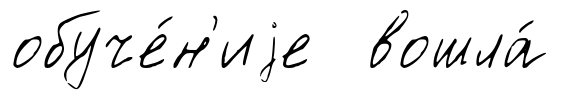
обуче́н'иjе вошла́